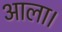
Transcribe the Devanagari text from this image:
आला।